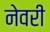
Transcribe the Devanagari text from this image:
नेवरी